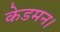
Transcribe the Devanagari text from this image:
केडमन।